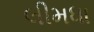
લીમધા